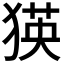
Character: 𤠉